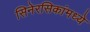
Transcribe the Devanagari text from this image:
सिनेरसिकांमध्ये